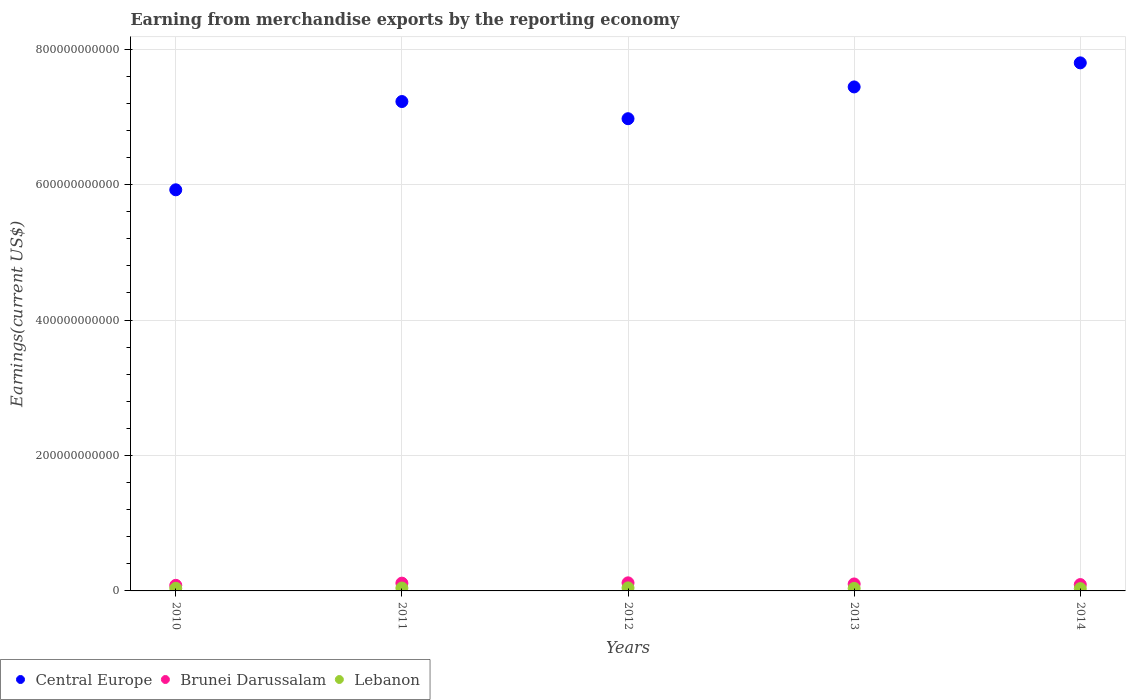
| Years | Central Europe | Brunei Darussalam | Lebanon |
 | --- | --- | --- | --- |
 | 2010 | 5.92e+11 | 8.26e+09 | 3.86e+09 |
 | 2011 | 7.23e+11 | 1.15e+10 | 4.2e+09 |
 | 2012 | 6.97e+11 | 1.19e+10 | 4.48e+09 |
 | 2013 | 7.44e+11 | 1.03e+10 | 3.7e+09 |
 | 2014 | 7.8e+11 | 9.37e+09 | 3.41e+09 |